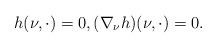
LaTeX: \begin{align*}h(\nu, \cdot)= 0,(\nabla_{\nu} h)(\nu, \cdot)=0.\end{align*}